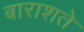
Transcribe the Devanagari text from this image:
बाराशते